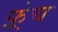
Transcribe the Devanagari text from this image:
फ़्रेच